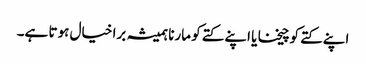
اپنے کتے کو چیخنا یا اپنے کتے کو مارنا ہمیشہ برا خیال ہوتا ہے۔